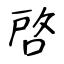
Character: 啓